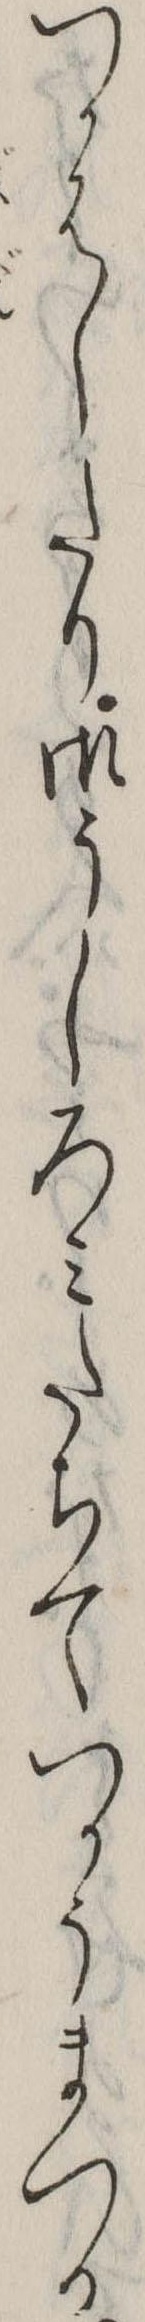
つかはしたり御うしろみたちてつかうまつる